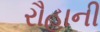
રૌહાની